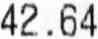
42.64